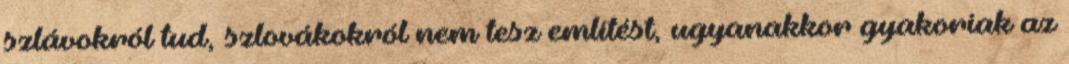
szlávokról tud, szlovákokról nem tesz említést, ugyanakkor gyakoriak az